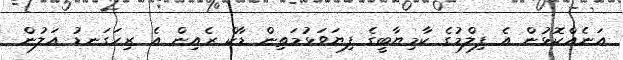
އަނެއްކޮޅުން އެ ފިލްމުގެ ކާމިޔާބީގެ ފިޔަވަޅުމަތިން ޑާކް ރެއިން އެ ރިހަގަނޑު އަލުން